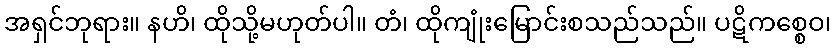
အရှင်ဘုရား။ နဟိ၊ ထိုသို့မဟုတ်ပါ။ တံ၊ ထိုကျုံးမြောင်းစသည်သည်။ ပဋိကစ္စေဝ၊